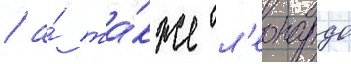
/ а́ та́кже л'еонардо